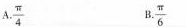
A.\frac{π}{4} B.\frac{π}{6}